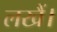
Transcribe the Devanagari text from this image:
लखैं।